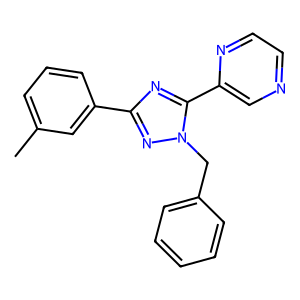
SMILES: Cc1cccc(-c2nc(-c3cnccn3)n(Cc3ccccc3)n2)c1
Inhibits HIV replication: No